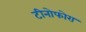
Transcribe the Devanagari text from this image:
टीनोफोरा